Account of plague administration in the Bombay Presidency from September 1896 till May 1897
Year: 1896
Disease focus: Plague
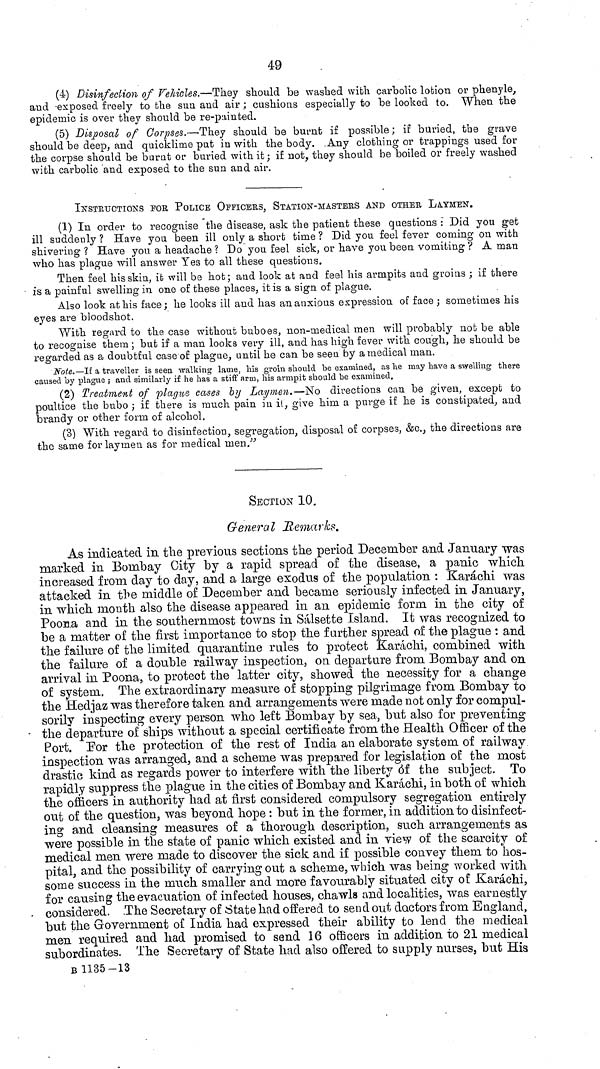
49
(4) Disinfection of Vehicles.—They should be washed with carbolic lotion or phenyle,
and exposed freely to the sun and air ; cushions especially to be looked to. When the
epidemic is over they should be re-painted.
(5) Disposal of Corpses.—They should be burnt if possible; if buried, the grave
should be deep, and quicklime put in with the body. Any clothing or trappings used for
the corpse should be burnt or buried with it; if not, they should be boiled or freely washed
with carbolic and exposed to the sun and air.
INSTRUCTIONS FOR POLICE OFFICERS, STATION-MASTERS AND OTHER LAYMEN.
(1) In order to recognise the disease, ask the patient these questions : Did you get
ill suddenly ? Have you been ill only a short time ? Did you feel fever coming on with
shivering ? Have you a headache ? Do you feel sick, or have you been vomiting ? A man
who has plague will answer Yes to all these questions.
Then feel his skin, it will be hot; and look at and feel his armpits and groins ; if there
is a painful swelling in one of these places, it is a sign of plague.
Also look at his face; he looks ill and has an anxious expression of face ; sometimes his
eyes are bloodshot.
With regard to the case without buboes, non-medical men will probably not be able
to recognise them ; but if a man looks very ill, and has high fever with cough, he should be
regarded as a doubtful case of plague, until he can be seen by a medical man.
Note.—If a traveller is seen walking lame, his groin should be examined, as he may have a swelling there
caused by plague ; and similarly if he has a stiff arm, his armpit should be examined.
(2) Treatment of plague cases by Lai/men.—No directions can be given, except to
poultice the bubo ; if there is much pain in it, give him. a purge if he is constipated, and
brandy or other form of alcohol.
(3) With regard to disinfection, segregation, disposal of corpses, &c., the directions are
the same for laymen as for medical men."
SECTION 10.
General Remarks.
As indicated in the previous sections the period December and January was
marked in Bombay City by a rapid spread of the disease, a panic which
increased from day to day, and a large exodus of the population : Karachi was
attacked in the middle of December and became seriously infected in January,
in which month also the disease appeared in an epidemic form in the city of
Poo33.a and in the southernmost towns in Salsette Island. It was recognized to
be a matter of the first importance to stop the farther spread of the plague : and
the failure of the limited quarantine rules to protect Karachi, combined with
the failure of a double railway inspection, on departure from Bombay and on
arrival in Poona, to protect the latter city, showed the necessity for a change
of system. The extraordinary measure of stopping pilgrimage from Bombay to
the Hedjaz was therefore taken and arrangements were made not only for compul-
sorily inspecting every person who left Bombay by sea, but also for preventing
the departure of ships without a special certificate from the Health Officer of the
Port. Por the protection of the rest of India an elaborate system of railway
inspection was arranged, and a scheme was prepared for legislation of the most
drastic kind as regards power to interfere with the liberty of the subject. To
rapidly suppress the plague in the cities of Bombay and Karachi, in both of which
the officers in authority had at first considered compulsory segregation entirely
out of the question, was beyond hope : but in the former, in addition to disinfect-
ing and cleansing measures of a thorough description, such arrangements as
were possible in the state of panic which existed and in view of the scarcity of
medical men were made to discover the sick and if possible convey them to hos-
pital, and the possibility of carrying out a scheme, which was being worked with
some success in the much smaller and more favourably situated city of Karachi,
for causing the evacuation of infected houses, chawls and localities, was earnestly
considered. The Secretary of State had offered to send out doctors from England,
but the Government of India had expressed their ability to lend the medical
men required and had promised to send 16 officers in addition to 21 medical
subordinates. The Secretary of State had also offered to supply nurses, but His
Β 1135-13